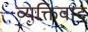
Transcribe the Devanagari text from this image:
व्‍यक्तिवाद